NAE_ERA_R-1665_Eesti_Kunstnike_Liit, lk 83
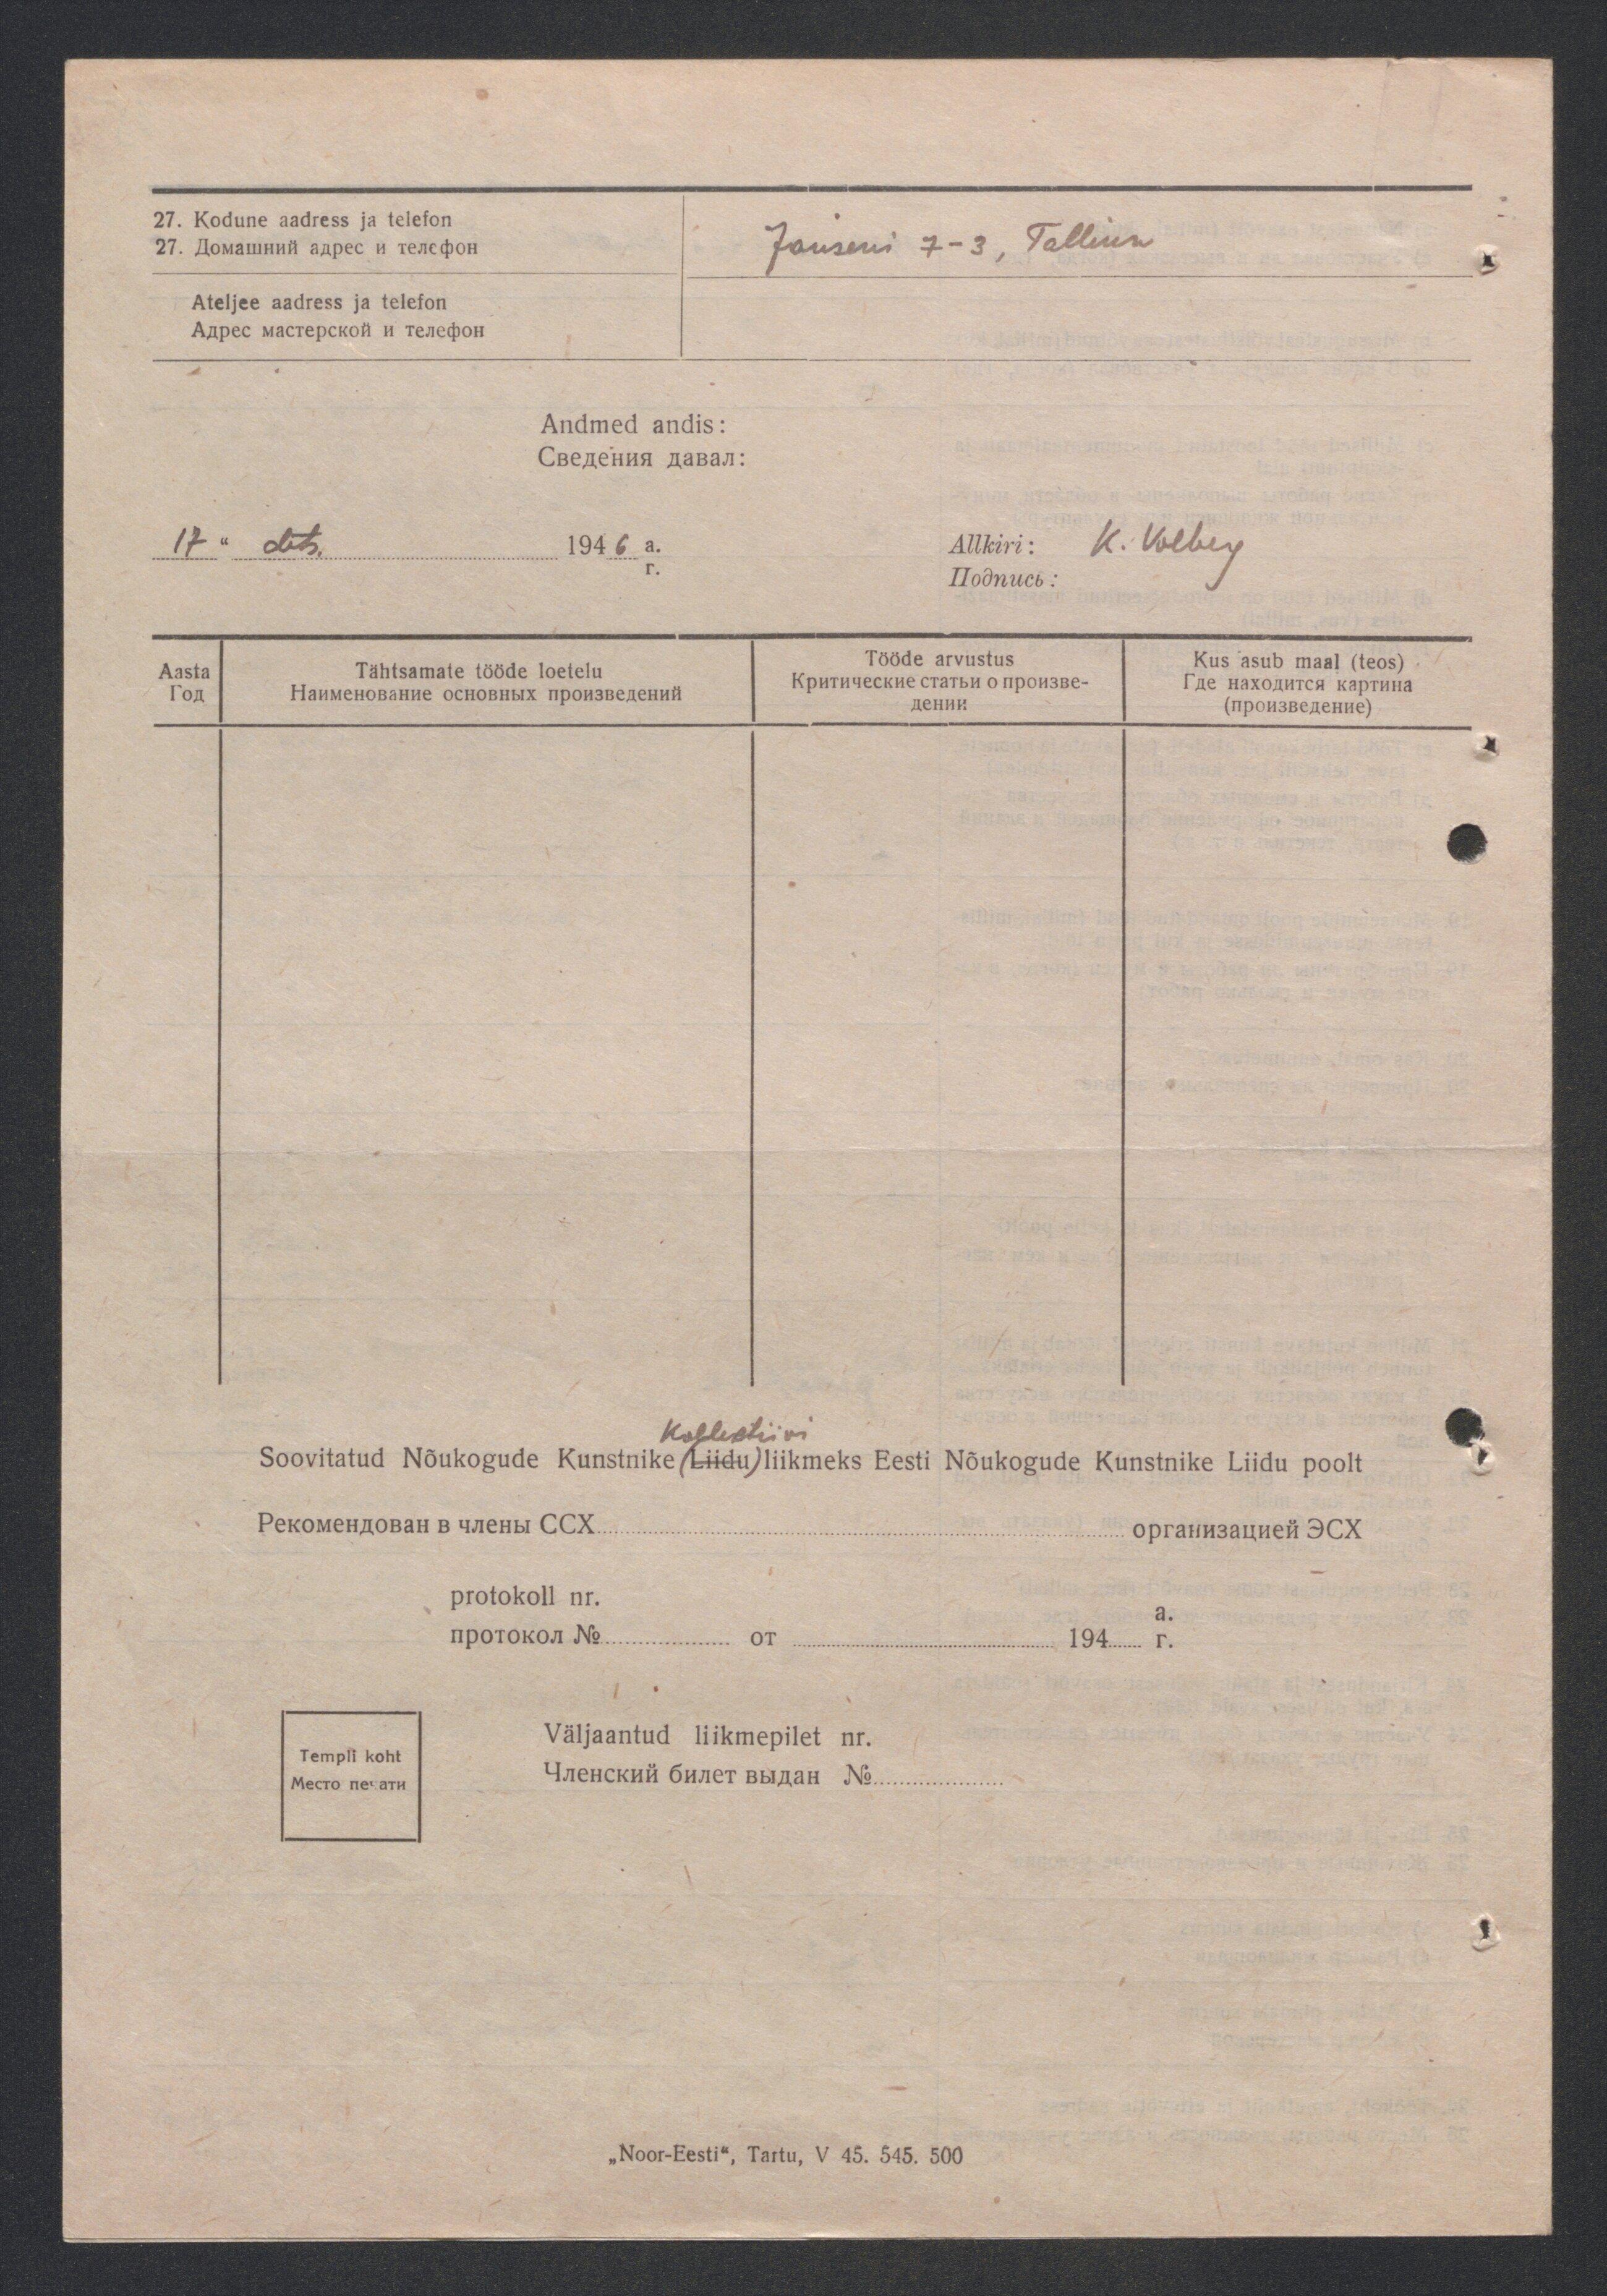
27. Kodune aadress ja telefon
Ateljee aadress ja telefon

Janseni 7-3, Tallinn

Andmed andis:
17 " dets. 1946 a.
Allkiri: K. Volberg
Aasta
Tähtsamate tööde loetelu
Tööde arvustus
Kus asub maal (teos)

Kollektiivi
Soovitatud Nõukogude Kunstnike (Liidu) liikmeks Eesti Nõukogude Kunstnike Liidu poolt
protokoll nr.
a.
Väljaantud liikmepilet nr.

Templi koht

„Noor-Eesti", Tartu, V 45. 545. 500